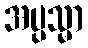
အပ္ပသ္မာ